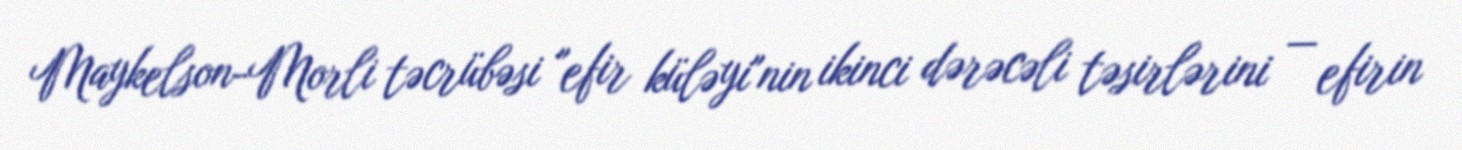
Maykelson-Morli təcrübəsi "efir küləyi"nin ikinci dərəcəli təsirlərini — efirin